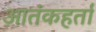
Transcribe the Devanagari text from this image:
आतंकहर्ता